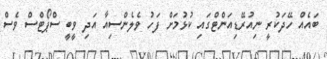
ބައެއް ހޭދަކުރީ ނިއުރޭޑިއަންޓްގައި ކުޅުމަށް ފަހު ވެލެންސިއާ އަދި ވީބީ ސްޕޯޓްސް ވެސް